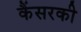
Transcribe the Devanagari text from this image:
कैंसरकी